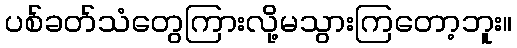
ပစ်ခတ်သံတွေကြားလို့မသွားကြတော့ဘူး။